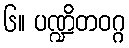
၆။ ပဏ္ဍိတဝဂ္ဂ